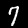
Label: 7